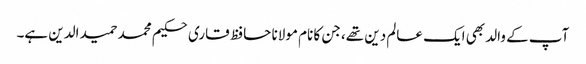
آپ کے والد بھی ایک عالم دین تھے، جن کا نام مولانا حافظ قاری حکیم محمد حمید الدین ہے۔